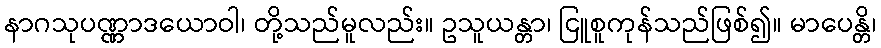
နာဂသုပဏ္ဏာဒယောဝါ၊ တို့သည်မူလည်း။ ဥသူယန္တာ၊ ငြူစူကုန်သည်ဖြစ်၍။ မာပေန္တိ၊